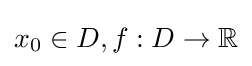
x_{0}\in D,f:D\to \mathbb {R}